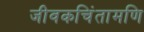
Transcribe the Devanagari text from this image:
जीवकचिंतामणि